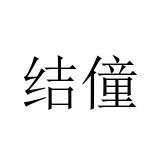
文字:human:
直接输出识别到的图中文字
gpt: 结僮